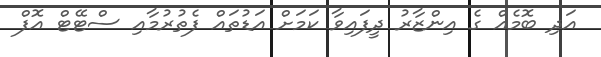
އަދި ބޮމެއް ގެ އިންޒާރު ދީފައިވާ ކަމަށް އަޑުތައް ފެތުރުމާއި ސްޓޭޓް އޮފް